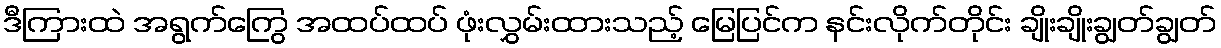
ဒီကြားထဲ အရွက်ကြွေ အထပ်ထပ် ဖုံးလွှမ်းထားသည့် မြေပြင်က နင်းလိုက်တိုင်း ချိုးချိုးချွတ်ချွတ်